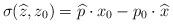
LaTeX: \begin{align*}\sigma(\widehat{z},z_{0})=\widehat{p}\cdot x_{0}-p_{0}\cdot\widehat{x}\end{align*}